Notes on vaccination in the North-West Frontier Province 1923-1928 - 1923-1928
Year: 1923
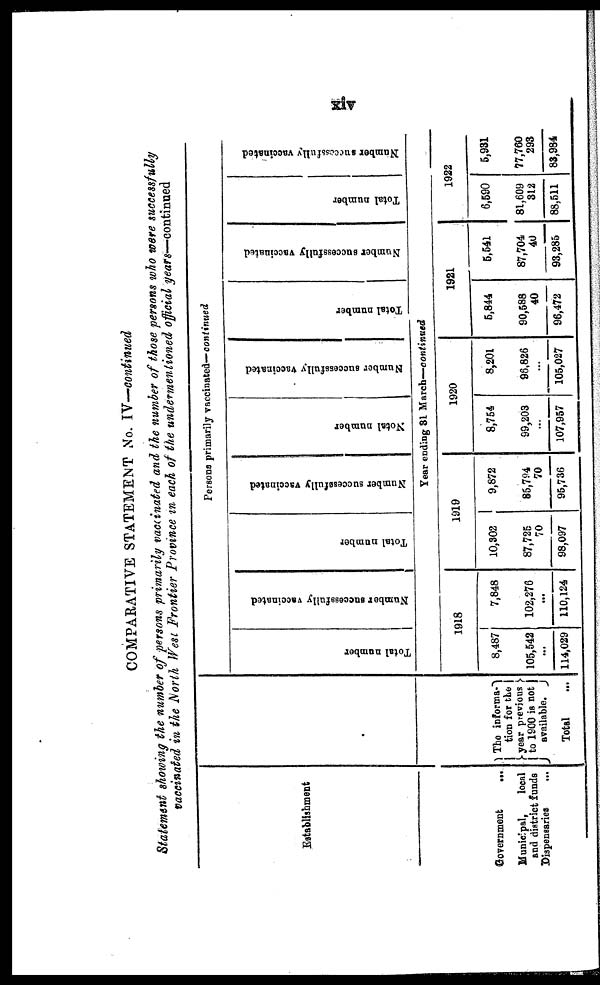
xiv
COMPARATIVE STATEMENT No. IV—continued
Statement showing the number of persons primarily vaccinated and the number of those persons who were successfully
vaccinated in the North West Frontier Province in each of the undermentioned official years—continued
Establishment
Government
...
Municipal,
local
and district funds
Dispensaries ...
The informa¬
tion for the
year previous
to 1900 is not
available.
Total ...
Persons primarily vaccinated— continued
Total number
Number successfully vaccinated
Total number
Number successfully vaccinated
Notal number
Number successfully Vaccinated
Total number
Number successfully vaccinated
Total number
Number successfully vaccinated
Year ending 31 March—continued
1918
8,487
105,542
...
114,029
7,848
102,276
...
110,124
1919
10,302
87,725
70
98,097
9,872
85,794
70
95,736
1920
8,754
99,203
...
107,957
8,201
96,826
...
105,027
1921
5,844
90,588
40
96,472
5,541
87,704
40
93,285
1922
6,590
81,609
312
88,511
5,931
77,760
293
83,984